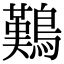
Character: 𪄿